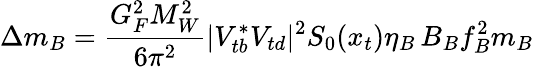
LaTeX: \Delta m_{B}=\frac{G_{F}^{2}M_{W}^{2}}{6\pi^{2}}|V_{tb}^{*}V_{td}|^{2}S_{0}(x_{t})\eta_{B}\, B_{B}f_{B}^{2}m_{B}